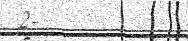
2-